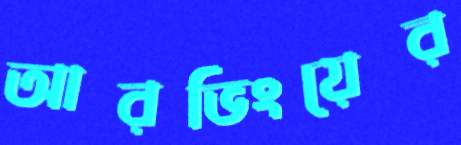
আরভিংয়ের